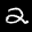
Label: 2